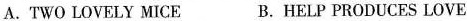
A.TWO LOVELY MICE B. HELP PRODUCES LOVE